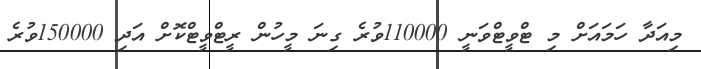
މިއަދާ ހަމައަށް މި ޓްވީޓްވަނީ 110000ވުރެ ގިނަ މީހުން ރީޓްވީޓްކޮށް އަދި 150000ވުރެ